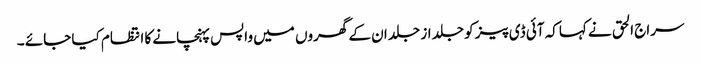
سراج الحق نے کہاکہ آئی ڈی پیز کو جلد از جلد ان کے گھروں میں واپس پہنچانے کا انتظام کیا جائے ۔